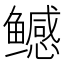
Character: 鳡